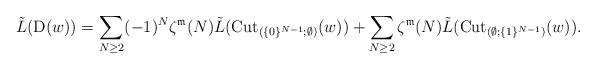
LaTeX: \begin{align*}\tilde{L}({\rm D}(w)) & =\sum_{N\geq2}(-1)^{N}\zeta^{\mathfrak{m}}(N)\tilde{L}({\rm Cut}_{(\{0\}^{N-1};\emptyset)}(w))+\sum_{N\geq2}\zeta^{\mathfrak{m}}(N)\tilde{L}({\rm Cut}_{(\emptyset;\{1\}^{N-1})}(w)).\end{align*}